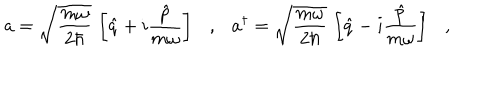
a = \sqrt { \frac { m \omega } { 2 \hbar } } \, \left[ \hat { q } + i \frac { \hat { p } } { m \omega } \right] \ \ \ , \ \ \ a ^ { \dagger } = \sqrt { \frac { m \omega } { 2 \hbar } } \, \left[ \hat { q } - i \frac { \hat { p } } { m \omega } \right] \ \ \ , \ \ \